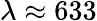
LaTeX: \lambda\approx 633